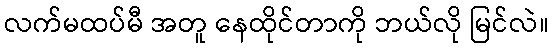
လက်မထပ်မီ အတူ နေထိုင်တာကို ဘယ်လို မြင်လဲ။